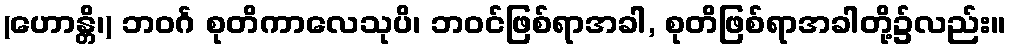
(ဟောန္တိ၊) ဘဝင်္ဂ စုတိကာလေသုပိ၊ ဘဝင်ဖြစ်ရာအခါ, စုတိဖြစ်ရာအခါတို့၌လည်း။